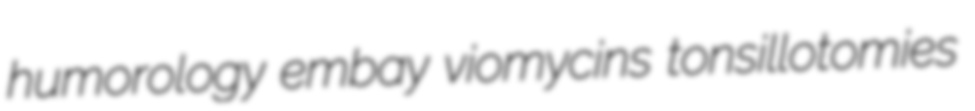
humorology embay viomycins tonsillotomies